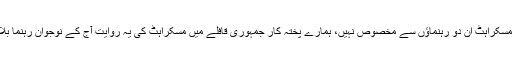
بادل کی ٹھنڈک جیسی یہ مسکراہٹ ان دو رہنماؤں سے مخصوص نہیں، ہمارے پختہ کار جمہوری قافلے میں مسکراہٹ کی یہ روایت آج کے نوجوان رہنما بلاول بھٹو تک چلی آتی ہے۔